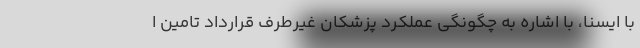
با ایسنا، با اشاره به چگونگی عملکرد پزشکان غیرطرف قرارداد تامین ا